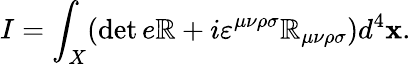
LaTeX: I=\int_{X}(\operatorname*{det}e\mathbb{R}+i\varepsilon^{\mu\nu\rho\sigma}\mathbb{R}_{\mu\nu\rho\sigma})d^{4}\mathbf{x}.